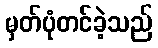
မှတ်ပုံတင်ခဲ့သည်